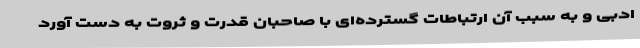
ادبی و به سبب آن ارتباطات گسترده‌ای با صاحبان قدرت و ثروت به دست آورد